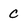
Character: c